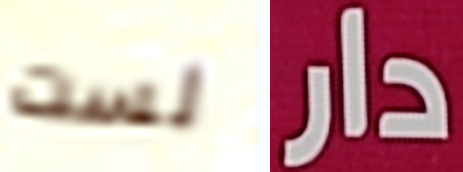
لست دار